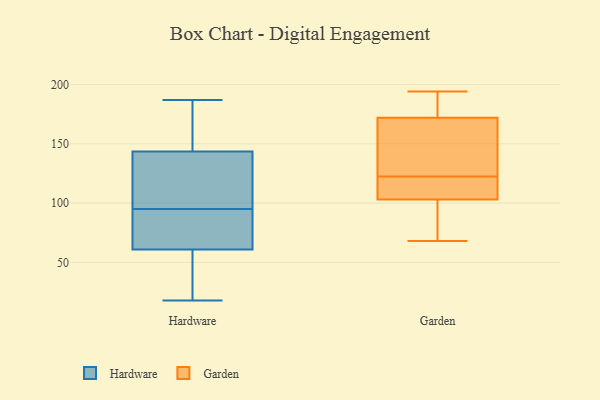
{"axis": {"x": "Customer Acquisition Cost (USD)", "y": "Value"}, "legend": ["Garden", "Hardware"], "data": [{"x": "", "y": 187, "type": "Hardware"}, {"x": "", "y": 133, "type": "Hardware"}, {"x": "", "y": 159, "type": "Hardware"}, {"x": "", "y": 100, "type": "Hardware"}, {"x": "", "y": 98, "type": "Hardware"}, {"x": "", "y": 61, "type": "Hardware"}, {"x": "", "y": 95, "type": "Hardware"}, {"x": "", "y": 61, "type": "Hardware"}, {"x": "", "y": 89, "type": "Hardware"}, {"x": "", "y": 18, "type": "Hardware"}, {"x": "", "y": 95, "type": "Hardware"}, {"x": "", "y": 52, "type": "Hardware"}, {"x": "", "y": 147, "type": "Hardware"}, {"x": "", "y": 46, "type": "Hardware"}, {"x": "", "y": 165, "type": "Hardware"}, {"x": "", "y": 172, "type": "Garden"}, {"x": "", "y": 68, "type": "Garden"}, {"x": "", "y": 194, "type": "Garden"}, {"x": "", "y": 105, "type": "Garden"}, {"x": "", "y": 103, "type": "Garden"}, {"x": "", "y": 132, "type": "Garden"}, {"x": "", "y": 72, "type": "Garden"}, {"x": "", "y": 151, "type": "Garden"}, {"x": "", "y": 113, "type": "Garden"}, {"x": "", "y": 190, "type": "Garden"}]}